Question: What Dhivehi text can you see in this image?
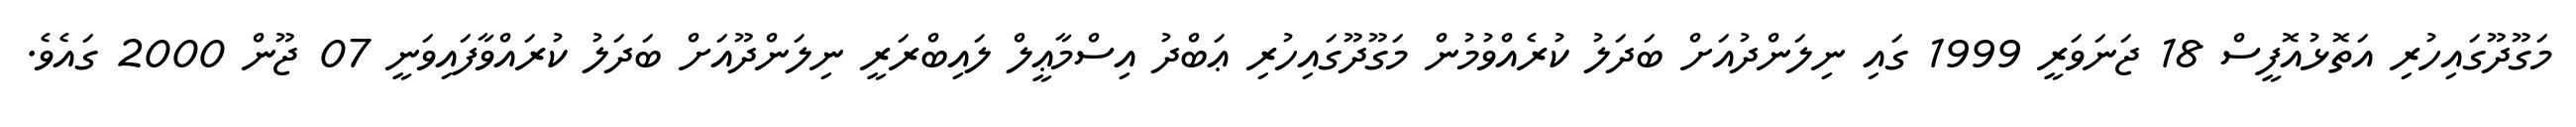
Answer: މަގޫދޫގައިހުރި އަތޮޅުއޮފީސް 18 ޖަނަވަރީ 1999 ގައި ނިލަންދުއަށް ބަދަލު ކުރެއްވުމުން މަގޫދޫގައިހުރި ޢަބްދު އިސްމާޢީލް ލައިބްރަރީ ނިލަންދޫއަށް ބަދަލު ކުރައްވާފައިވަނީ 07 ޖޫން 2000 ގައެވެ.